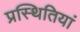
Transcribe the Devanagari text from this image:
प्रस्थितियां